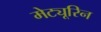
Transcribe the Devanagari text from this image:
मेट्यूरिन